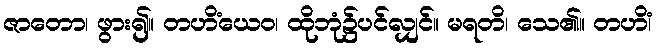
ဇာတော၊ ဖွား၍။ တဟိံယေဝ၊ ထိုဘုံ၌ပင်လျှင်။ မရတိ၊ သေ၏။ တဟိံ၊